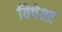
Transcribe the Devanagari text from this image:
विषेश्त